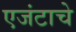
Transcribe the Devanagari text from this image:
एजंटाचे